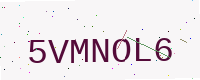
Text: 5VMNOL6